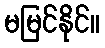
မမြင်နိုင်။